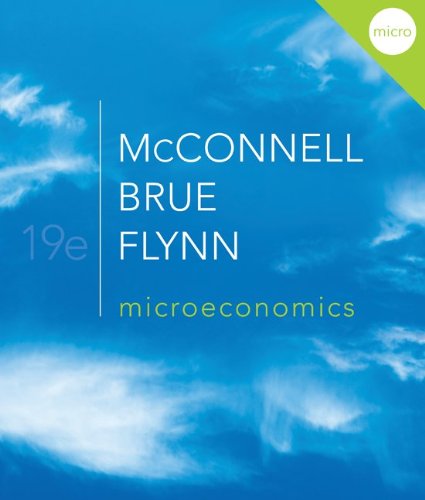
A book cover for Microeconomics; Campbell McConnell; Business & Money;